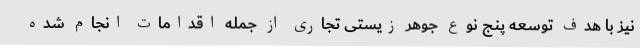
نیز با هدف توسعه پنج نوع جوهر زیستی تجاری از جمله اقدامات انجام شده